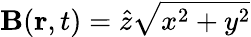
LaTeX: \mathbf{B}(\mathbf{r},t)=\hat{z}\sqrt{x^{2}+y^{2}}